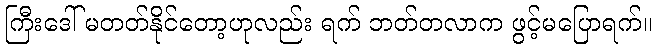
ကြီးဒေါ် မတတ်နိုင်တော့ဟုလည်း ရက် ဘတ်တလာက ဖွင့်မပြောရက်။